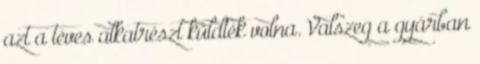
azt a téves alkatrészt küldték volna. Valszeg a gyárban